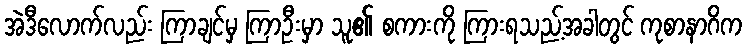
အဲဒီလောက်လည်း ကြာချင်မှ ကြာဦးမှာ သူ၏ စကားကို ကြားရသည့်အခါတွင် ကုစာနာဂိက